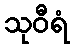
သုဝီရံ